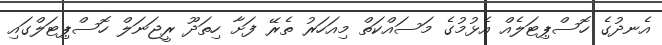
އެނދުގެ ހޮސްޕިޓަލެއް އެޅުމުގެ މަސައްކަތް މިއަހަރު ތެރޭ ފަށާ ހިތަދޫ ރީޖަނަލް ހޮސްޕިޓަލްގައި